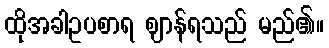
ထိုအခါဥပစာရ ဈာန်ရသည် မည်၏။